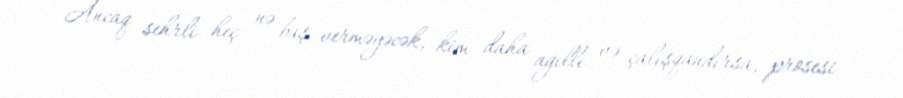
Ancaq sehrli heç nə baş verməyəcək, kim daha ağıllı və çalışqandırsa, prosesi